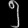
Digit: ၅